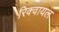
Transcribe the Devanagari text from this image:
रिक्वायल